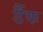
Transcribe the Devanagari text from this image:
डैंक